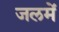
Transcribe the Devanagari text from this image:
जलमें